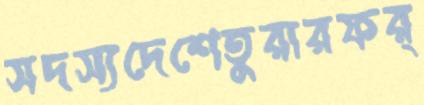
সদস্যদেশেতুরারফর্